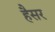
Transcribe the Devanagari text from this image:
हैैसर